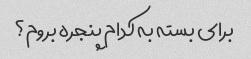
برای بسته به کدام پنجره بروم؟